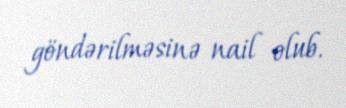
göndərilməsinə nail olub.